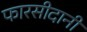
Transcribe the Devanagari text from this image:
फारसीदानी